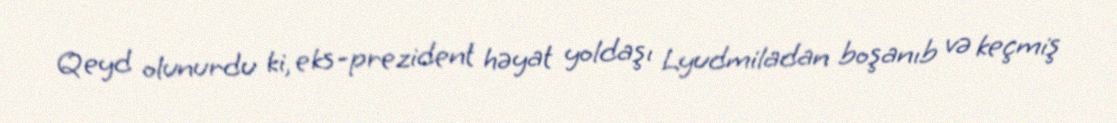
Qeyd olunurdu ki, eks-prezident həyat yoldaşı Lyudmiladan boşanıb və keçmiş